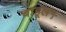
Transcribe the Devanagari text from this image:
चाहूल५